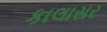
કાલાસર